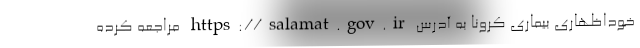
خوداظهاری بیماری کرونا به آدرس https://salamat.gov.ir مراجعه کرده